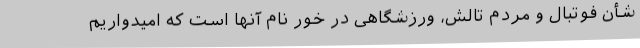
شأن فوتبال و مردم تالش، ورزشگاهی در خور نام آنها است که امیدواریم